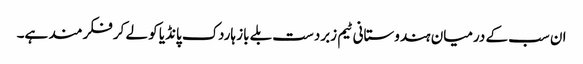
ان سب کے درمیان ہندوستانی ٹیم زبردست بلے باز ہاردک پانڈیا کو لے کر فکرمند ہے۔